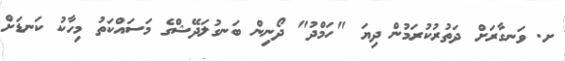
ށ. ވަނގާރަށް ދަތުރުކުރަމުން ދިޔަ "ހަމްދު" ދޯނިން ބަނގުލަދޭޝްގެ މަސައްކަތު މިހާކު ކަނޑަށް